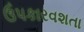
ઉપકારવશતા